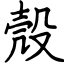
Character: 殼